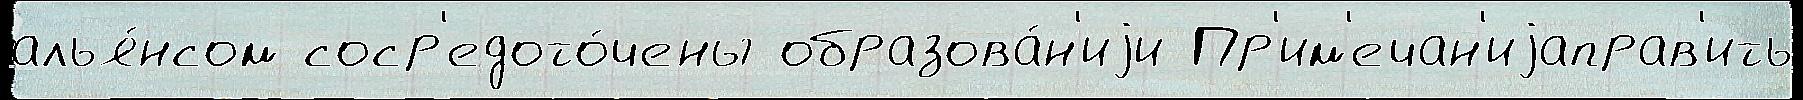
алья́нсом соср'едото́чены образова́н'иjи Пр'им'ечан'иjаправ'ить